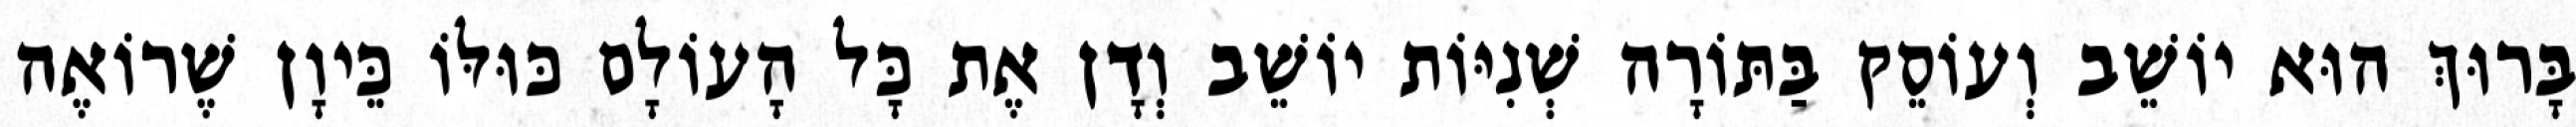
בָּרוּךְ הוּא יוֹשֵׁב וְעוֹסֵק בַּתּוֹרָה שְׁנִיּוֹת יוֹשֵׁב וְדָן אֶת כָּל הָעוֹלָם כּוּלּוֹ כֵּיוָן שֶׁרוֹאֶה